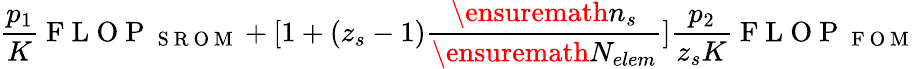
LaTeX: \frac{p_{1}}{K}\mathrm{~F~L~O~P~}_{\mathrm{~S~R~O~M~}}+[1+(z_{s}-1)\frac{\ensuremath{n_{s}}}{\ensuremath{N_{elem}}}]\frac{p_{2}}{z_{s}K}\mathrm{~F~L~O~P~}_{\mathrm{~F~O~M~}}